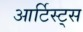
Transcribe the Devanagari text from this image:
आर्टिस्ट्‍स